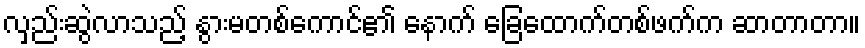
လှည်းဆွဲလာသည့် နွားမတစ်ကောင်၏ နောက် ခြေထောက်တစ်ဖက်က ဆာတာတာ။